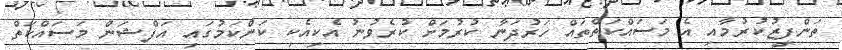
ތަންފީޒުކުރުމާއި އެ މަސައްކަތްތައް ހަރުދަނާ ކުރުމަށް ކުރެވުނު އެކިއެކި ކަންކަމުގައި އަފްޝަން މަސައްކަތް